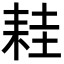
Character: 𦓯